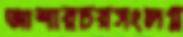
আশারচরসংলগ্ন